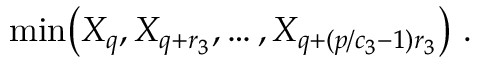
\mathrm { m i n } \big ( X _ { q } , X _ { q + r _ { 3 } } , \ldots , X _ { q + ( p / c _ { 3 } - 1 ) r _ { 3 } } \big ) \ .